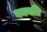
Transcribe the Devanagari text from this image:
गमयति